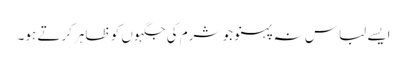
ایسے لباس نہ پہنو جو شرم کی جگہوں کو ظاہر کرتے ہو۔